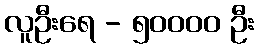
လူဦးရေ - ၅၀၀၀၀ ဦး